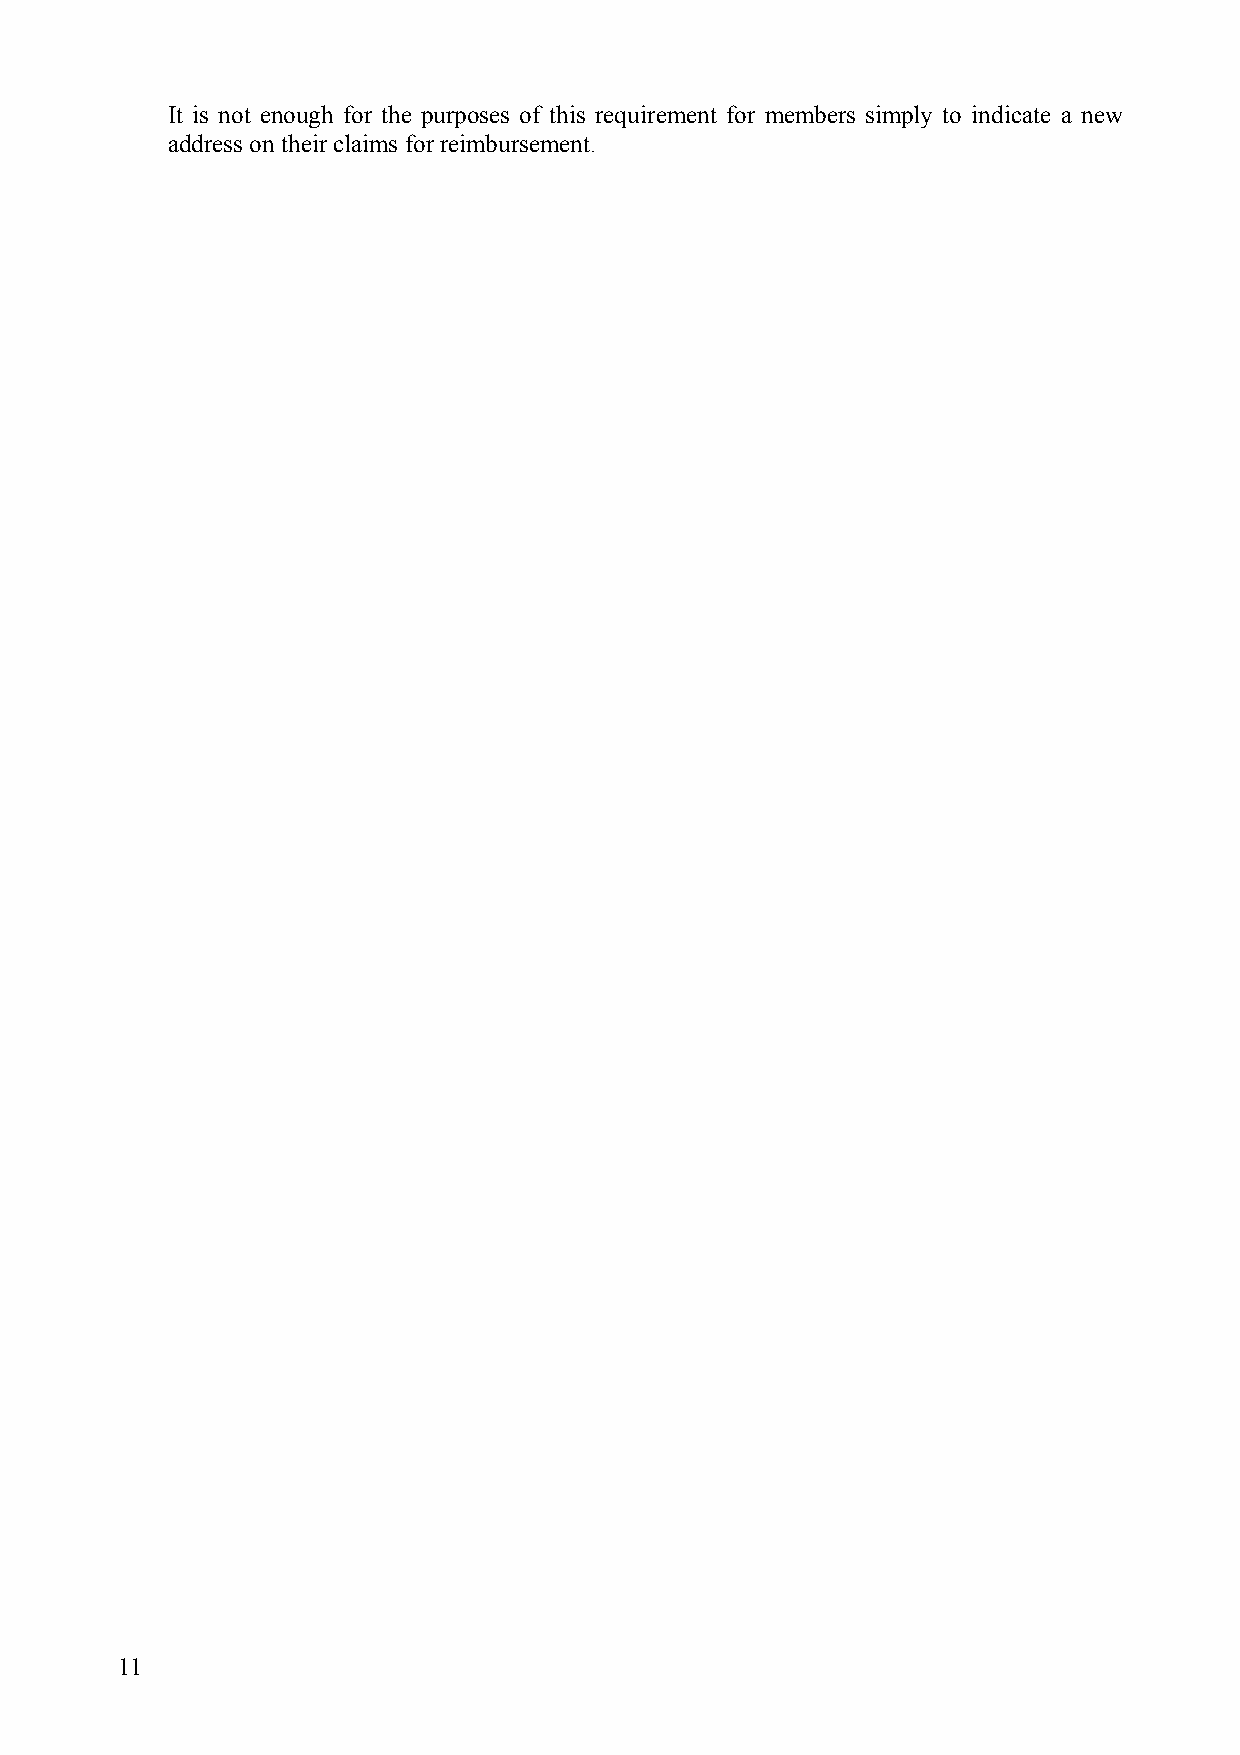
It is not enough for the purposes of this requirement for members simply to indicate a new
 address on their claims for reimbursement.
 11